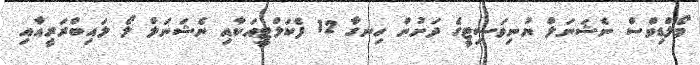
މޯލްޑިވްސް ނެޝަނަލް ޔުނިވަސިޓީގެ ދަށުން ހިނގާ 12 ފެކަލްޓީއަކާއި ނެޝަނަލް ލޯ ލައިބްރަރީއާއި